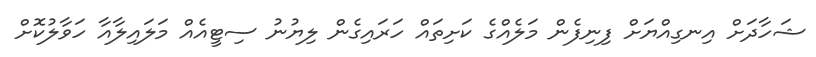
ޝަހާދަށް އިނގިއްޔަށް ފިނިފެން މަލެއްގެ ކަށިތައް ހަރައިގެން ލިޔުނު ސިޓީއެއް މަލައިލާއާ ހަވާލުކޮށް